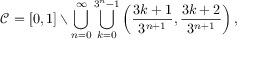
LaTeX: { \mathcal { C } } = [ 0 , 1 ] \smallsetminus \bigcup _ { n = 0 } ^ { \infty } \bigcup _ { k = 0 } ^ { 3 ^ { n } - 1 } \left( { \frac { 3 k + 1 } { 3 ^ { n + 1 } } } , { \frac { 3 k + 2 } { 3 ^ { n + 1 } } } \right) ,